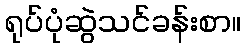
ရုပ်ပုံဆွဲသင်ခန်းစာ။